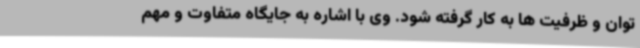
توان و ظرفیت ها به کار گرفته شود. وی با اشاره به جایگاه متفاوت و مهم